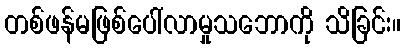
တစ်ဖန်မဖြစ်ပေါ်လာမှုသဘောကို သိခြင်း။